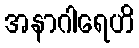
အနာဂါရေဟိ